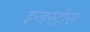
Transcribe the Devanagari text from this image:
इन्डस्ट्रीस